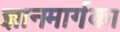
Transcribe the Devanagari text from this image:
ज्ञानमार्गका